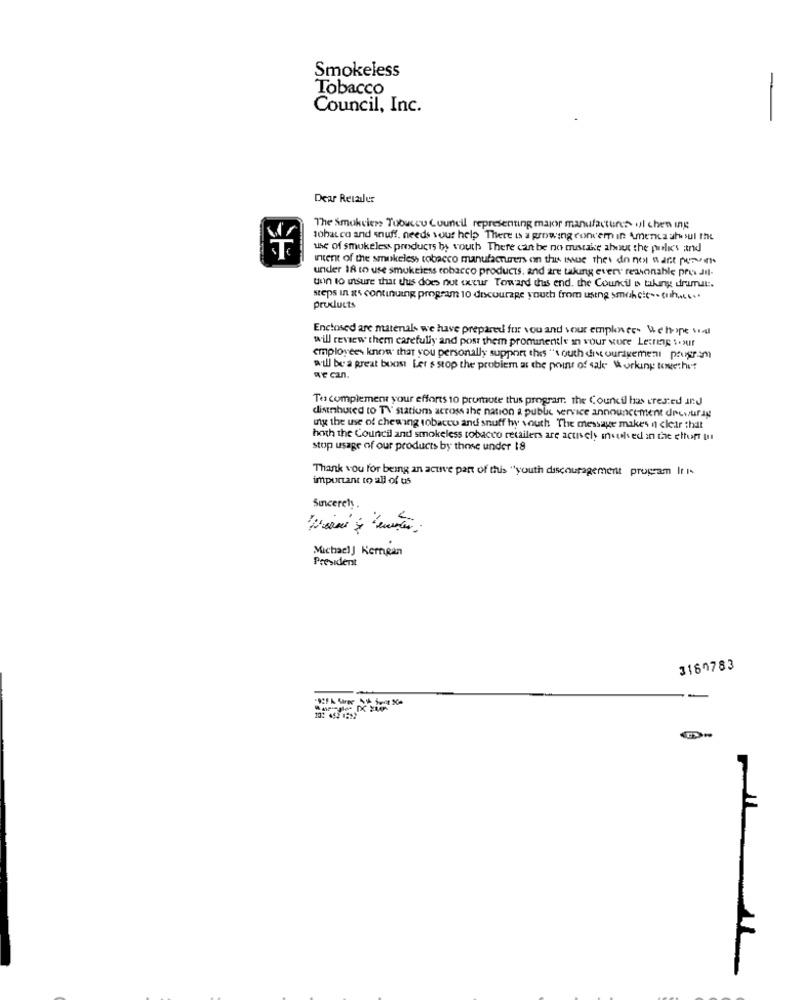
Smokeless
Tobacco
Council, Inc.
-
Dear Retailer
The Smokviens Tuouccu Council representing major manufacturers ul chen ing
tobacco and snuff, needs your help There is a growing convem in America ah sul the
use of smokeless products by vouch There can be no mustake about the preli's and
intent of the smokeless tobacco manufacturers on this issue Thes do not want pere
under 18 to use smokeless tobacco products, and are taking every reasonable pris Jil-
tun to itsure that thus does not excur Toward dus end. the Courkil & waking dramat :.
steps in as continuing program 10 decourage youch from using smak cie -- ch,s ....
products
Enclosed are materuals we have prepared for you and your empknee. Wehope vel
will review them carefully and post them prominentle in your vore Lesing s.xur
employees know that you personally support this "south discouragemeni program
will be a great buost Ler s stop the problem at the point of sale working towethet
To complement your efforts 10 promote thus program the Council has created and
distributed to TV statiom across the nation a public service announcement diewurag
unix the use of chewing tobacco and snuff hy south The message makes n clear that
hoth the Council and smokeless tobacco retailers are actively insulsed in the effort tu
stop usage of our products by those under 18
Thank you for being an active part of this "youth discouragement program If I-
important to all of us
Sincerely .
Michael J Kemean
President
3160783
-
MILL